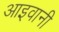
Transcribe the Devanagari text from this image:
आइवानी